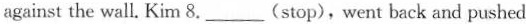
against the wall. Kim 8.___(stop), went back and pushed